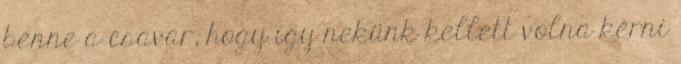
benne a csavar, hogy így nekünk kellett volna kérni